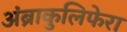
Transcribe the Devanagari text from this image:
अंब्राकुलिफेरा